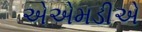
એએમડીએ